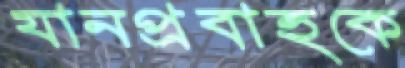
যানপ্রবাহকে